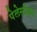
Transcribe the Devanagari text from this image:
पेलेस्टेशन